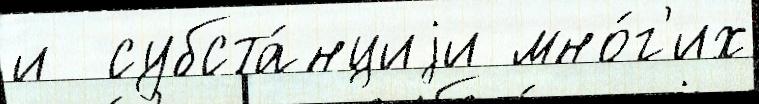
и  субста́нциjи мно́г'их